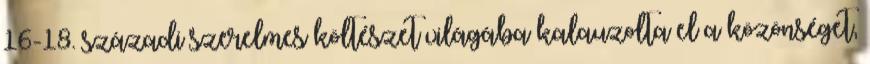
16-18. századi szerelmes költészet világába kalauzolta el a közönséget,